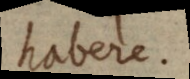
habere.